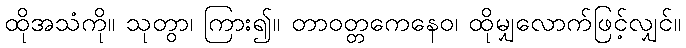
ထိုအသံကို။ သုတွာ၊ ကြား၍။ တာဝတ္တကေနေဝ၊ ထိုမျှလောက်ဖြင့်လျှင်။